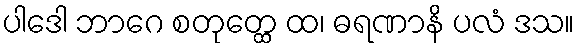
ပါဒေါ ဘာဂေ စတုတ္ထေ ထ၊ ဓရဏာနိ ပလံ ဒသ။